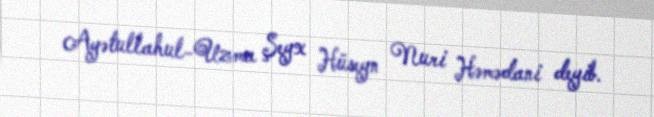
Ayətullahul-Uzma Şeyx Hüseyn Nuri Həmədani deyib.